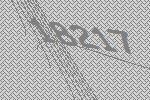
18217